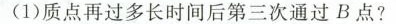
(1) 质点再过多长时间后第三次通过B点？